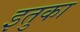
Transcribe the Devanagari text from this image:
इतुका